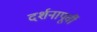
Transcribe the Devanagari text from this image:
दर्शनापूर्वी